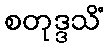
စတုဒ္ဒသိံ